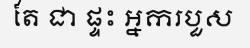
តែ ជា ផ្ទះ អ្នករបួស